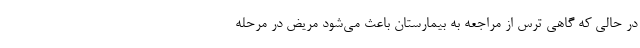
در حالی که گاهی ترس از مراجعه به بیمارستان باعث می‌شود مریض در مرحله